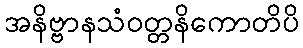
အနိဗ္ဗာနသံဝတ္တနိကောတိပိ